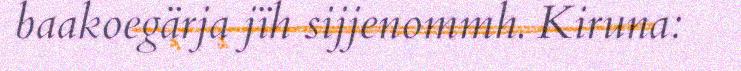
baakoegärja jïh sijjenommh. Kiruna: